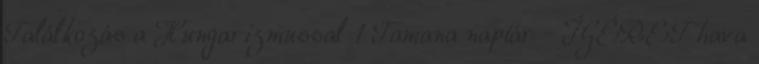
Találkozás a Hungarizmussal 1 Tamana naptár - ÍGÉRET hava